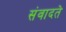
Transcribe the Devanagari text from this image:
संवादते